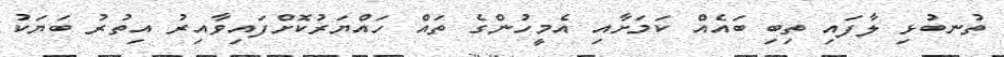
ތުނބުޅި ލާފައި ތިބި ބައެއް ކަމަށާއި އެމީހުންގެ ތައް ހައްޔަރުކޮށްފައިވާއިރު އިތުރު ބަޔަކު